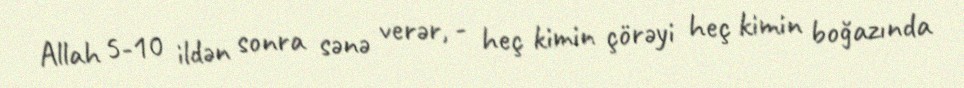
Allah 5-10 ildən sonra sənə verər, - heç kimin çörəyi heç kimin boğazında